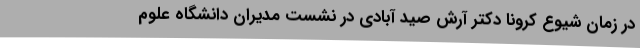
در زمان شیوع کرونا دکتر آرش صید آبادی در نشست مدیران دانشگاه علوم